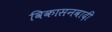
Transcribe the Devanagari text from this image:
विकासनवादी